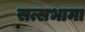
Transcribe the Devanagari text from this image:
सत्सभामा